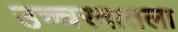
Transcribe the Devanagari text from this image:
उच्चरवातला